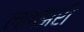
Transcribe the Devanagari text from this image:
लकझरी